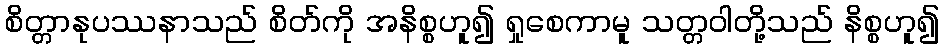
စိတ္တာနုပဿနာသည် စိတ်ကို အနိစ္စဟူ၍ ရှုစေကာမူ သတ္တဝါတို့သည် နိစ္စဟူ၍